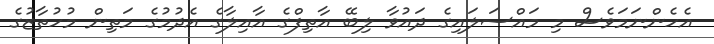
އެހެންނަމަވެސް މި މައްސަލައިގެ ދައުވާ ލިބޭ އާތިފްގެ އާއިލާގެ އެދުމުގެ މަތިން މުހުތާޒުގެ